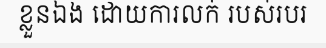
ខ្លួនឯង ដោយការលក់ របស់របរ